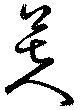
芙